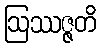
ဩဿဇ္ဇတိ